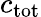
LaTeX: c_{\mathrm{tot}}